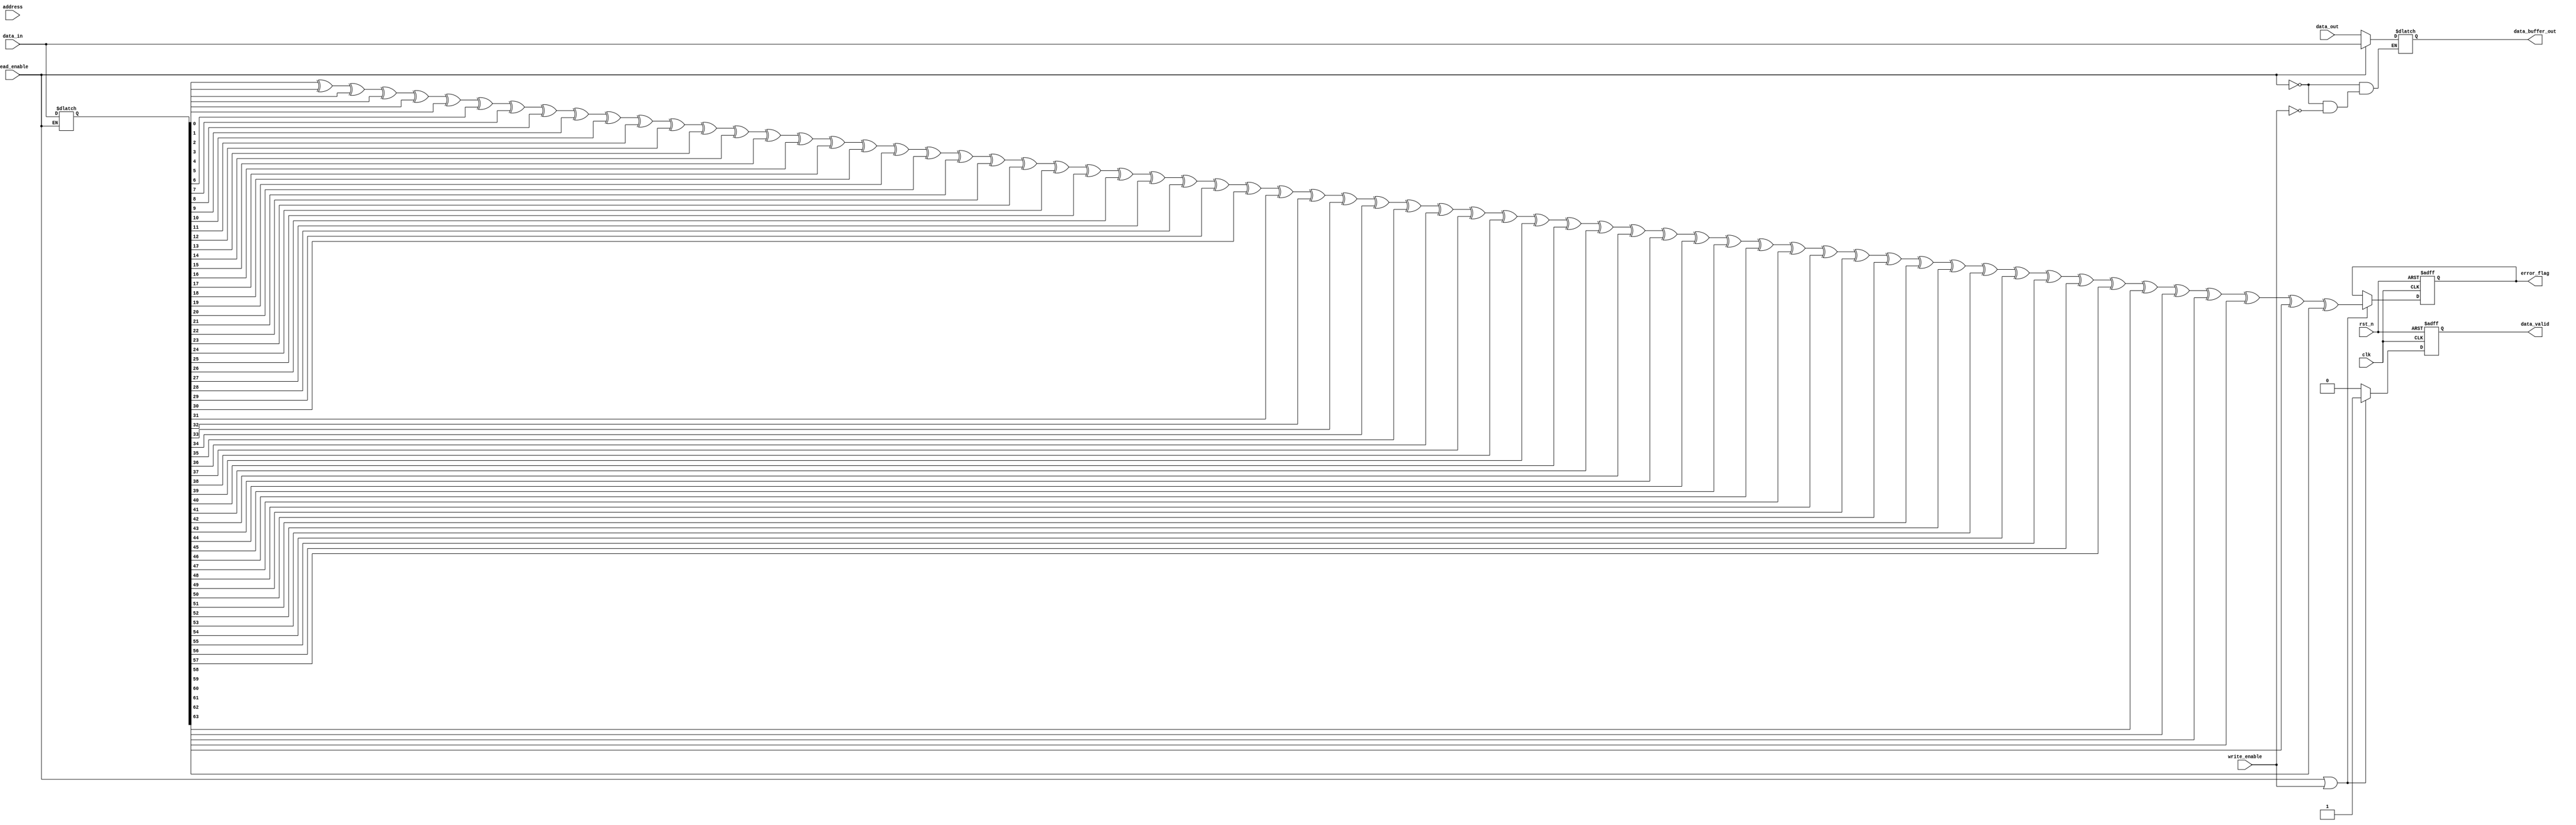
module IO_Block (
    input wire clk,
    input wire rst_n,
    input wire [DATA_WIDTH-1:0] data_in,
    input wire [DATA_WIDTH-1:0] data_out,
    input wire read_enable,
    input wire write_enable,
    input wire [ADDR_WIDTH-1:0] address,
    output wire [DATA_WIDTH-1:0] data_buffer_out,
    output wire data_valid,
    output wire error_flag
);
    parameter DATA_WIDTH = 64; // Example data width
    parameter ADDR_WIDTH = 16; // Example address width

    // Data Buffers
    reg [DATA_WIDTH-1:0] data_buffer;
    reg [DATA_WIDTH-1:0] output_buffer;

    // I/O Drivers
    wire [DATA_WIDTH-1:0] io_driver_out;

    // Control Logic
    reg data_valid_reg;
    reg error_reg;

    // Error Correction Logic (simple parity for demonstration)
    function parity_check;
        input [DATA_WIDTH-1:0] data;
        integer i;
        begin
            parity_check = 0;
            for (i = 0; i < DATA_WIDTH; i = i + 1) begin
                parity_check = parity_check ^ data[i];
            end
        end
    endfunction

    // Data Multiplexer
    always @(*) begin
        if (read_enable) begin
            data_buffer = data_in; // Read data into buffer
            output_buffer = data_buffer; // Prepare output buffer
        end else if (write_enable) begin
            output_buffer = data_out; // Write data to output buffer
        end
    end

    // I/O Driver Logic
    assign io_driver_out = output_buffer;

    // Control Logic
    always @(posedge clk or negedge rst_n) begin
        if (!rst_n) begin
            data_valid_reg <= 0;
            error_reg <= 0;
        end else begin
            if (read_enable || write_enable) begin
                data_valid_reg <= 1;
                error_reg <= parity_check(data_buffer); // Check for errors
            end else begin
                data_valid_reg <= 0;
            end
        end
    end

    assign data_buffer_out = io_driver_out;
    assign data_valid = data_valid_reg;
    assign error_flag = error_reg;

endmodule